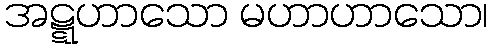
အဋ္ဋဟာသော မဟာဟာသော၊